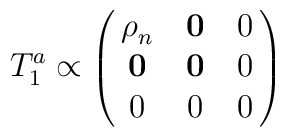
T^a_1 \propto \pmatrix{ {\bf \rho}_n&{\bf 0}&0\cr                       {\bf 0}&{\bf 0}&0\cr                       0&0&0\cr }